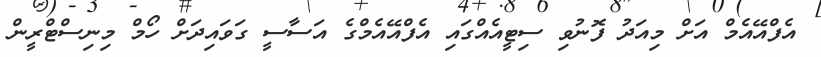
އެފްއޭއެމް އަށް މިއަދު ފޮނުވި ސިޓީއެއްގައި އެފްއޭއެމްގެ އަސާސީ ގަވައިދަށް ހޯމް މިނިސްޓްރީން